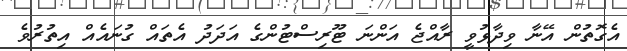
އެގޮތުން އޭނާ ވިދާޅުވީ ރާއްޖެ އަންނަ ޓޫރިސްޓުންގެ އަދަދު އެތައް ގުނައެއް އިތުރުވެ